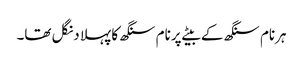
ہرنام سنگھ کے بیٹے پرنام سنگھ کا پہلا دنگل تھا۔